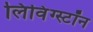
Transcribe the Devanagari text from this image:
लिविंग्स्टॉन